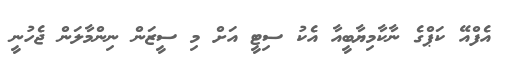
އެފްއޭ ކަޕްގެ ނާކާމިޔާބީއާ އެކު ސިޓީ އަށް މި ސީޒަން ނިންމާލަން ޖެހުނީ